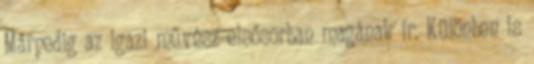
Márpedig az igazi művész elsősorban magának ír. Különben is